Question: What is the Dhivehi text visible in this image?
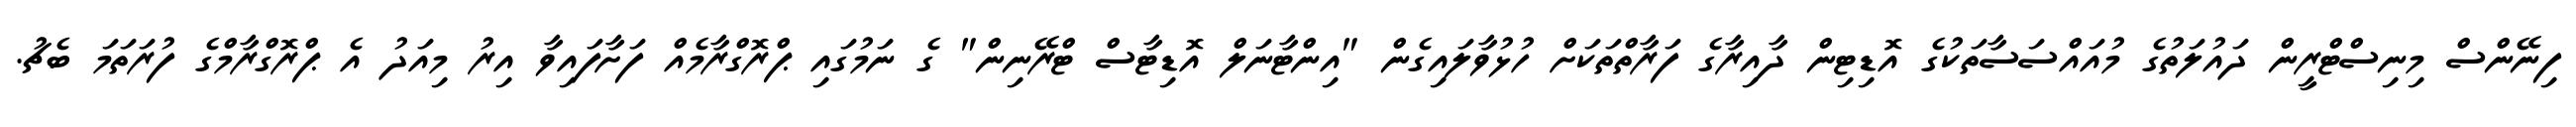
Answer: ފިނޭންސް މިނިސްޓްރީން ދައުލަތުގެ މުއައްސަސާތަކުގެ އޮޑިޓިން ދާއިރާގެ ފަރާތްތަކަށް ހުޅުވާލައިގެން "އިންޓާނަލް އޮޑިޓާސް ޓްރޭނިން" ގެ ނަމުގައި ޕްރޮގްރާމެއް ފަށާފައިވާ އިރު މިއަދު އެ ޕްރޮގްރާމްގެ ފުރަތަމަ ބެޗު.